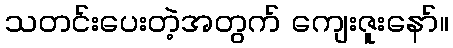
သတင်းပေးတဲ့အတွက် ကျေးဇူးနော်။